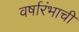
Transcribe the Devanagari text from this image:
वर्षारंभाची